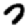
Digit: 7